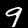
Digit: 9